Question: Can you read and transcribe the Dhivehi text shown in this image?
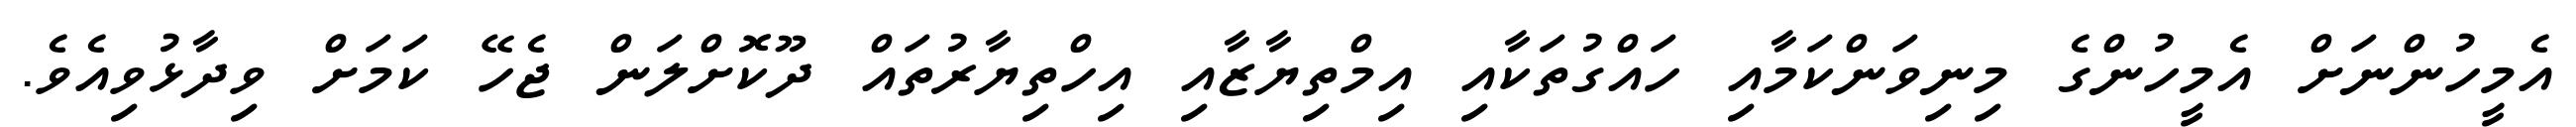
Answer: އެމީހުންނަށް އެމީހުންގެ މިނިވަންކަމާއި ހައްގުތަކާއި އިމްތިޔާޒާއި އިހްތިޔާރުތައް ދޫކޮށްލަން ޖެހޭ ކަމަށް ވިދާޅުވިއެވެ.